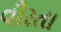
વીરતા